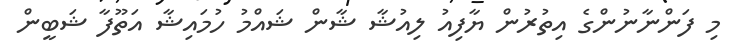
މި ފަންނާނުންގެ އިތުރުން ޔާފިއު ލިއުޝާ ޝާން ޝައްމު ހުމައިޝާ އަތޫފާ ޝަބީން